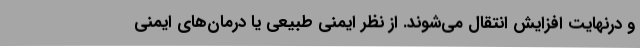
و درنهایت افزایش انتقال می‌شوند. از نظر ایمنی طبیعی یا درمان‌های ایمنی